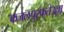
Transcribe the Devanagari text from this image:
फजलपुरफतेउल्ला